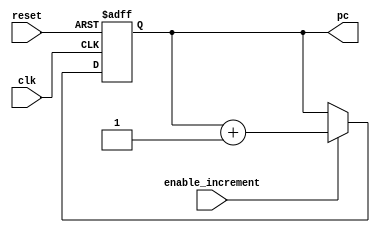
module ProgramCounter (
    input wire clk,                          // Clock input
    input wire reset,                        // Reset signal (active high)
	  input wire enable_increment,            // Input selector from the control unit to enable increment
    output reg [7:0] pc = 8'b00000000        // Program counter output to fetch instructions memory (ROM)
);

    // initial value of the program counter
    reg [7:0] initial_pc = 8'b00000000;     // 8-bits address - 256 locations in ROM 32 bits each location (8192 bits) - 1 M9K block used  

    // synchronous always block to increment the program counter
    always @(negedge clk or posedge reset) begin
        if (reset) begin
            pc <= initial_pc;   // Reset the program counter to the initial value
        end else if(enable_increment) begin
            pc <= pc + 1;       // Increment the program counter by 1 every cycle if fetch signal is 1 
        end
    end

endmodule